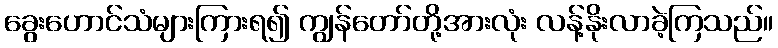
ခွေးဟောင်သံများကြားရ၍ ကျွန်တော်တို့အားလုံး လန့်နိုးလာခဲ့ကြသည်။